Dysentery in Hazaribagh Central Jail - Number 52
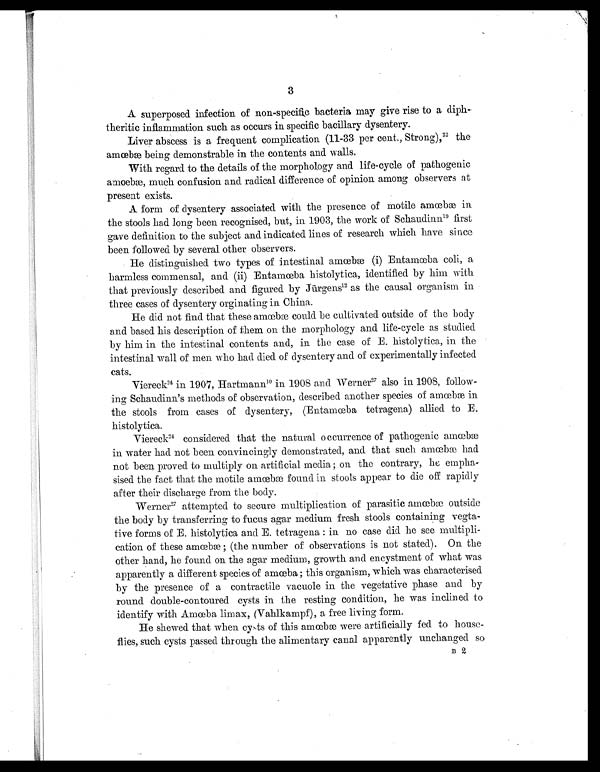
3
A superposed infection of nonspecific bacteria may give rise to a diph-
theritic inflammation such as occurs in specific bacillary dysentery.
Liver abscess is a frequent complication (11-33 per cent., Strong), 22 the
amœbæ being demonstrable in the contents and walls.
With regard to the details of the morphology and life-cycle of pathogenic
amoebæ, much confusion and radical difference of opinion among observers at
present exists.
A form of dysentery associated with the presence of motile amœbæ in
the stools had long been recognised, but, in 1903, the work of Schaudinn 1 9
f i r s t
gave definition to the subject and indicated lines of research which have since
been followed by several other observers.
He distinguished two types of intestinal amœbæ (i) Entamœba coli, a
harmless commensal, and (ii) Entamœba histolytica, identified by him with
that previously described and figured by Jürgens 12 as the causal organism in
three cases of dysentery orginating in China.
He did not find that these amœbæ could be cultivated outside of the body
and based his description of them on the morphology and life-cycle as studied
by him in the intestinal contents and, in the case of E. histolytica, in the
intestinal wall of men who had died of dysentery and of experimentally infected
cats.
Viereck24 in 1907, Hartmann10 in 1908 and Werner 2 7
also in 1908, follow-
ing Schaudinn's methods of observation, described another species of amœbæ in
the stools from cases of dysentery, (Entamœba tetragena) allied to E.
histolytica.
Viereck2 4
c o n s i d e r e d
t h a t
t h e n a t u r a l o c c u r r e n c e o f p a t h o g e n i c a m œ b æ
in water had not been convincingly demonstrated, and that such amœbæ had
not been proved to multiply on artificial media ; on the contrary, he empha-
sised the fact that the motile amœbæ found in stools appear to die off rapidly
after their discharge from the body.
Werner2 7
a t t e m p t e d t o s e c u r e m u l t i p l i c a t i o n o f p a r a s i t i c a m œ b æ o u t s i d e
the body by transferring to fucus agar medium fresh stools containing
vegtative forms of E. histolytica and E. tetragena : in no case did he see multipli-
cation of these amœbæ ; (the number of observations is not stated). On the
other hand, he found on the agar medium, growth and encystment of what was
apparently a different species of amœba ; this organism, which was characterised
by the presence of a contractile vacuole in the vegetative phase and by
round double-contoured cysts in the resting condition, he was inclined to
identify with Amœba limax, (Vahlkampf), a free living form.
He shewed that when cysts of this amœbæ were artificially fed to house-
flies, such cysts passed through the alimentary canal apparently unchanged so
B 2